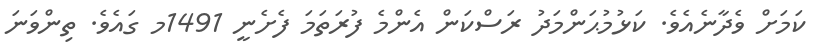
ކަމަށް ވެދާނެއެވެ. ކަޅުމުޙަންމަދު ރަސްކަން އެންމެ ފުރަތަމަ ފެށެނީ 1491މ ގައެވެ. ތިންވަނަ